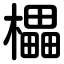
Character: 櫑